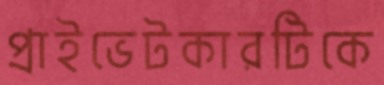
প্রাইভেটকারটিকে